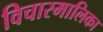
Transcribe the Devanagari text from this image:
विचारमालिका